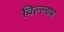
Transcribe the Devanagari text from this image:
विल्ल्यम